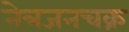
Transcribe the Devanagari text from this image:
नेत्रजनचक्र